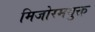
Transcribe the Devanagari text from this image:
मिजोरमयुक्त